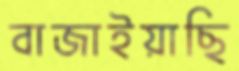
বাজাইয়াছি